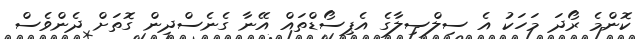
ކޮންމެ ރޯދަ މަހަކު އެ ސިލްސިލާގެ އެޕިސޯޑްތައް އޭނާ ގެނެސްދިން ގޮތަށް ދެންވެސް